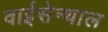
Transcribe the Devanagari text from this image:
वाईसेन्थाल